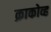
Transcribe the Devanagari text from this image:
क्राकोव्ह